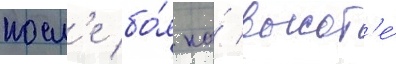
посл'е бо́я на́ высот'е́